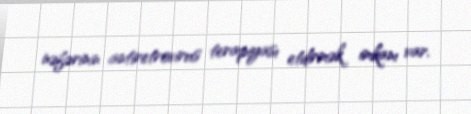
nəfərinin antiretrovirus terapiyası etdirmək imkanı var.